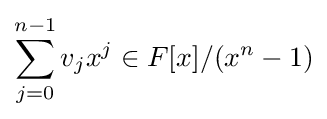
\sum _{j=0}^{n-1}v_{j}x^{j}\in F[x]/(x^{n}-1)